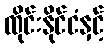
ထိုင်းနိုင်ငံနှင့်